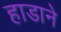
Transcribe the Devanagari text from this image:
हाडाने